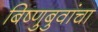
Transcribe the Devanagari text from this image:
बिष्णुबुवांचा